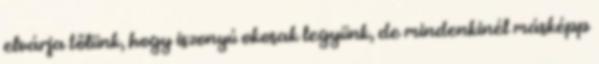
elvárja tőlünk, hogy iszonyú okosak legyünk, de mindenkinél másképp